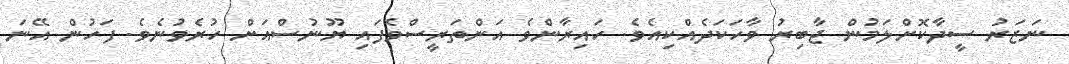
ނަޒަރު ސީދާކޮށްލަމުން ޖާބިރު ވާހަކަދެއްކިއެވެ. ހައިރާންވެ އަންތަރީސްވެފައި ޔޫނުސްއަށް ހުރެވުނެވެ. ފަހުން އޭނަ